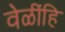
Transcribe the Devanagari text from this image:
वेळींहि